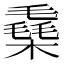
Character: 㯔